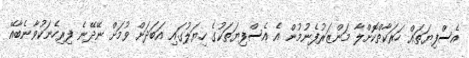
އެސްފިޔަތައް ހަރަކާތްކޮށްލާ މަންޒަރުފެނުމުން އެ އެސްފިޔަތަކުގެ ހިޔަލުގައި އަބަދަށް ވުމަށް ނޭދޭނެ ފިރިހެނަކުވާނެބާއޭ